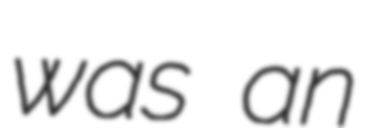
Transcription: was an